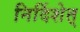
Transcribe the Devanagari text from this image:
निर्दिशेत्